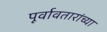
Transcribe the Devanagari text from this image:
पूर्वावतारांच्या